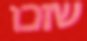
שזכו